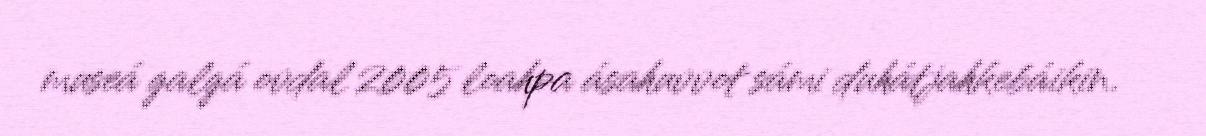
museá galgá ovdal 2005 loahpa ásahuvvot sámi duhátjahkebáikin.